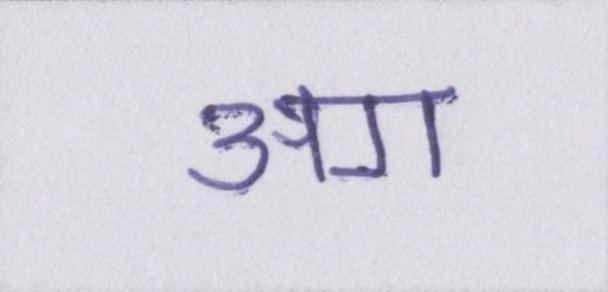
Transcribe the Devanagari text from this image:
अग॰